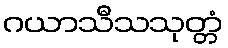
ဂယာသီသသုတ္တံ